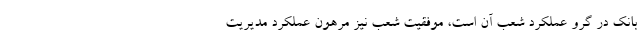
بانک در گرو عملکرد شعب آن است، موفقیت شعب نیز مرهون عملکرد مدیریت